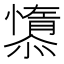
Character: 𱟘